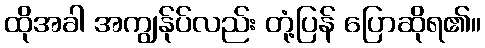
ထိုအခါ အကျွန်ုပ်လည်း တုံ့ပြန် ပြောဆိုရ၏။